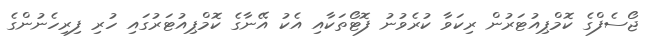
ޖޯސެފްގެ ކޮމްޕިއުޓަރުން ރިކަވާ ކުރެވުނު ފޮޓޯތަކާއި އެކު އޭނާގެ ކޮމްޕިއުޓަރުގައި ހުރި ފިރިހެނުންގެ